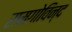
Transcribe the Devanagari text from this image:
रामगोविन्द